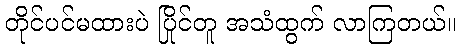
တိုင်ပင်မထားပဲ ပြိုင်တူ အသံထွက် လာကြတယ်။